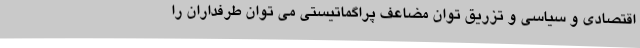
اقتصادی و سیاسی و تزریق توان مضاعف پراگماتیستی می توان طرفداران را